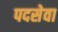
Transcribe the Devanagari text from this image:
पदसेवा